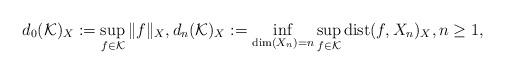
LaTeX: \begin{align*} d_0({\mathcal K})_X:=\sup_{f\in {\mathcal K}} \|f\|_X, d_n({\mathcal K})_X:=\inf_{\dim(X_n)=n} \sup_{f\in {\mathcal K}}{\rm dist}(f,X_n) _X, n\geq 1, \end{align*}